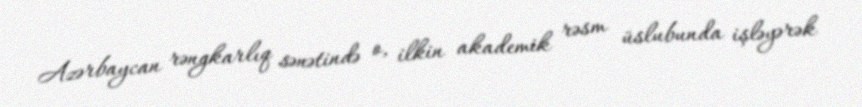
Azərbaycan rəngkarlıq sənətində o, ilkin akademik rəsm üslubunda işləyərək